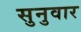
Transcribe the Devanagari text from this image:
सुनुवार